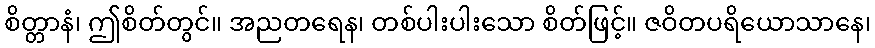
စိတ္တာနံ၊ ဤစိတ်တွင်။ အညတရေန၊ တစ်ပါးပါးသော စိတ်ဖြင့်။ ဇဝိတပရိယောသာနေ၊